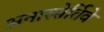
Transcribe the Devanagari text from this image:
अनास्सेर्तिवे